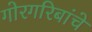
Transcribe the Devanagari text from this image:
गोरगरिबांचे